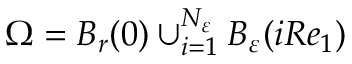
\Omega = B _ { r } ( 0 ) \cup _ { i = 1 } ^ { N _ { \varepsilon } } B _ { \varepsilon } ( i R e _ { 1 } )